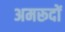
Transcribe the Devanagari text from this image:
अमरूदों